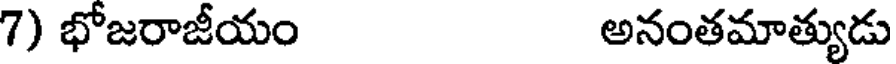
7) భోజరాజీయం అనంతమాత్యుడు